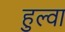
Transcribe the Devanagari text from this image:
हुल्वा